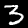
Label: 3